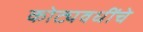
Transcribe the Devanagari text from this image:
कोट्यवधींचे